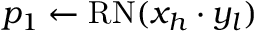
p _ { 1 } \gets \mathrm { R N } ( x _ { h } \cdot y _ { l } )